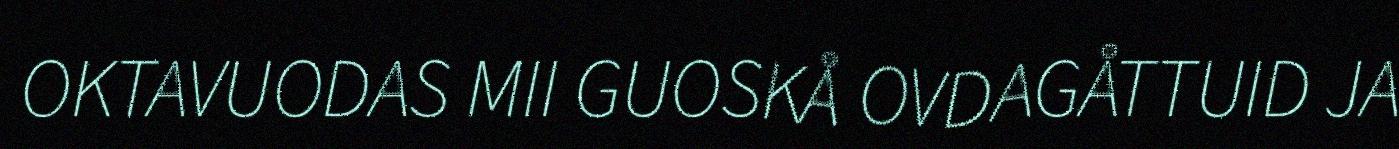
OKTAVUODAS MII GUOSKÅ OVDAGÅTTUID JA